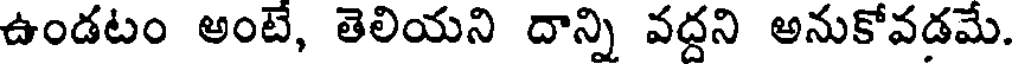
ఉండటం అంటే, తెలియని దాన్ని వద్దని అనుకోవడమే.